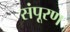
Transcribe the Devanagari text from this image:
संपूरण